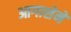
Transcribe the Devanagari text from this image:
आगाशेने